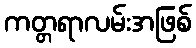
ကတ္တရာလမ်းအဖြစ်